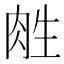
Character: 𰮛